Report of the Indian Hemp Drugs Commission, 1894-1895 - Volume IV
Year: 1894
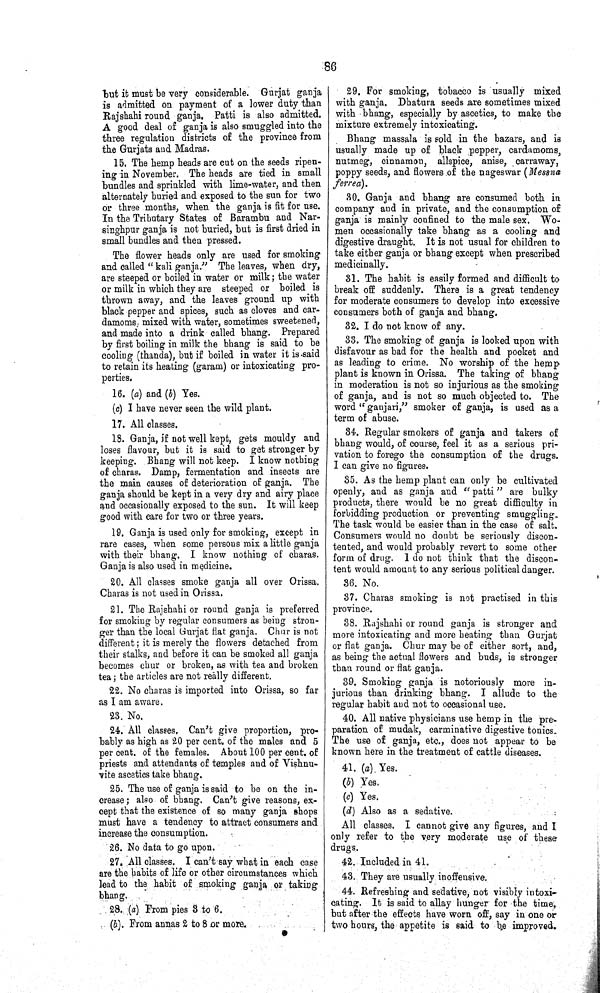
86
but it must be very considerable. Gurjat ganja
is admitted on payment of a lower duty than
Rajshahi round ganja. Patti is also admitted.
A good deal of ganja is also smuggled into the
three regulation districts of the province from
the Gurjats and Madras.
15. The hemp heads are cut on the seeds ripen¬
ing in November. The heads are tied in small
bundles and sprinkled with lime-water, and then
alternately buried and exposed to the sun for two
or three months, when the ganja is fit for use.
In the Tributary States of Barambu and Nar-
singhpur ganja is not buried, but is first dried in
small bundles and then pressed.
The flower heads only are used for smoking
and called "kali ganja." The leaves, when dry,
are steeped or boiled in water or milk; the water
or milk in which they are steeped or boiled is
thrown away, and the leaves ground up with
black pepper and spices, such as cloves and car¬
damoms, mixed with water, sometimes sweetened,
and made into a drink called bhang. Prepared
by first boiling in milk the bhang is said to be
cooling (thanda), but if boiled in water it is said
to retain its heating (garam) or intoxicating pro¬
perties.
16. (a) and (b) Yes.
(c) I have never seen the wild plant.
17. All classes.
18. Ganja, if not well kept, gets mouldy and
loses flavour, but it is said to get stronger by
keeping. Bhang will not keep. I know nothing
of charas. Damp, fermentation and insects are
the main causes of deterioration of ganja. The
ganja should be kept in a very dry and airy place
and occasionally exposed to the sun. It will keep
good with care for two or three years.
19. Ganja is used only for smoking, except in
rare cases, when some persons mix a little ganja
with their bhang. I know nothing of charas.
Ganja is also used in medicine.
20. All classes smoke ganja all over Orissa.
Charas is not used in Orissa.
21. The Rajshahi or round ganja is preferred
for smoking by regular consumers as being stron¬
ger than the local Gurjat flat ganja. Chur is not
different; it is merely the flowers detached from
their stalks, and before it can be smoked all ganja
becomes chur or broken, as with tea and broken
tea; the articles are not really different.
22. No charas is imported into Orissa, so far
as I am aware.
23. No.
24. All classes. Can't give proportion, pro¬
bably as high as 20 per cent. of the males and 5
per cent. of the females. About 100 per cent. of
priests and attendants of temples and of Vishnu-
vite ascetics take bhang.
25. The use of ganja is said to be on the in¬
crease; also of bhang. Can't give reasons, ex¬
cept that the existence of so many ganja shops
must have a tendency to attract consumers and
increase the consumption.
26. No data to go upon.
27. All classes. I can't say what in each case
are the habits of life or other circumstances which
lead to the habit of smoking ganja or taking
bhang.
28. (a) From pies 3 to 6.
(b) From annas 2 to 8 or more.
29. For smoking, tobacco is usually mixed
with ganja. Dhatura seeds are sometimes mixed
with bhang, especially by ascetics, to make the
mixture extremely intoxicating.
Bhang massala is sold in the bazars, and is
usually made up of black pepper, cardamoms,
nutmeg, cinnamon, allspice, anise, carraway,
poppy seeds, and flowers of the nageswar (Messna
ferrea).
30. Ganja and bhang are consumed both in
company and in private, and the consumption of
ganja is mainly confined to the male sex. Wo¬
men occasionally take bhang as a cooling and
digestive draught. It is not usual for children to
take either ganja or bhang except when prescribed
medicinally.
31. The habit is easily formed and difficult to
break off suddenly. There is a great tendency
for moderate consumers to develop into excessive
consumers both of ganja and bhang.
32. I do not know of any.
33. The smoking of ganja is looked upon with
disfavour as bad for the health and pocket and
as leading to crime. No worship of the hemp
plant is known in Orissa. The taking of bhang
in moderation is not so injurious as the smoking
of ganja, and is not so much objected to. The
word "ganjari," smoker of ganja, is used as a
term of abuse.
34. Regular smokers of ganja and takers of
bhang would, of course, feel it as a serious pri¬
vation to forego the consumption of the drugs.
I can give no figures.
35. As the hemp plant can only be cultivated
openly, and as ganja and "patti" are bulky
products, there would be no great difficulty in
forbidding production or preventing smuggling.
The task would be easier than in the case of salt.
Consumers would no doubt be seriously discon¬
tented, and would probably revert to some other
form of drug. I do not think that the discon¬
tent would amount to any serious political danger.
36. No.
37. Charas smoking is not practised in this
province.
38. Rajshahi or round ganja is stronger and
more intoxicating and more heating than Gurjat
or flat ganja. Chur may be of either sort, and,
as being the actual flowers and buds, is stronger
than round or flat ganja.
39. Smoking ganja is notoriously more in¬
jurious than drinking bhang. I allude to the
regular habit and not to occasional use.
40. All native physicians use hemp in the pre¬
paration of mudak, carminative digestive tonics.
The use of ganja, etc., does not appear to be
known here in the treatment of cattle diseases.
41. (a). Yes.
(b) Yes.
(c) Yes.
(d) Also as a sedative.
All classes. I cannot give any figures, and I
only refer to the very moderate use of these
drugs.
42. Included in 41.
43. They are usually inoffensive.
44. Refreshing and sedative, not visibly intoxi¬
cating. It is said to allay hunger for the time,
but after the effects have worn off, say in one or
two hours, the appetite is said to be improved.